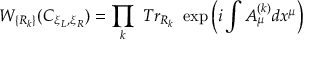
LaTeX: W _ { \{ R _ { k } \} } ( C _ { \xi _ { L } , \xi _ { R } } ) = \prod _ { k } ~ T r _ { R _ { k } } ~ \exp \left( i \int A _ { \mu } ^ { ( k ) } d x ^ { \mu } \right)